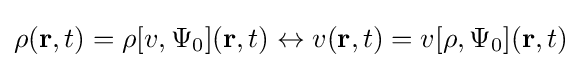
\rho (\mathbf {r} ,t)=\rho [v,\Psi _{0}](\mathbf {r} ,t)\leftrightarrow v(\mathbf {r} ,t)=v[\rho ,\Psi _{0}](\mathbf {r} ,t)